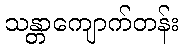
သန္တာကျောက်တန်း